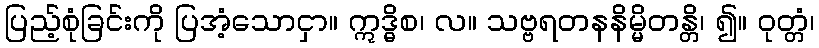
ပြည့်စုံခြင်းကို ပြအံ့သောငှာ။ ဣဒ္ဓိစ၊ လ။ သဗ္ဗရတနနိမ္မိတန္တိ၊ ၍။ ဝုတ္တံ၊